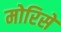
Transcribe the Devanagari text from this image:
मोरिसे